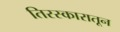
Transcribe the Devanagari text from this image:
तिरस्कारातून